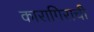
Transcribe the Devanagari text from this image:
कारागिराची